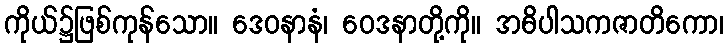
ကိုယ်၌ဖြစ်ကုန်သော။ ဒေဝနာနံ၊ ဝေဒနာတို့ကို။ အဓိပါသကဇာတိကော၊